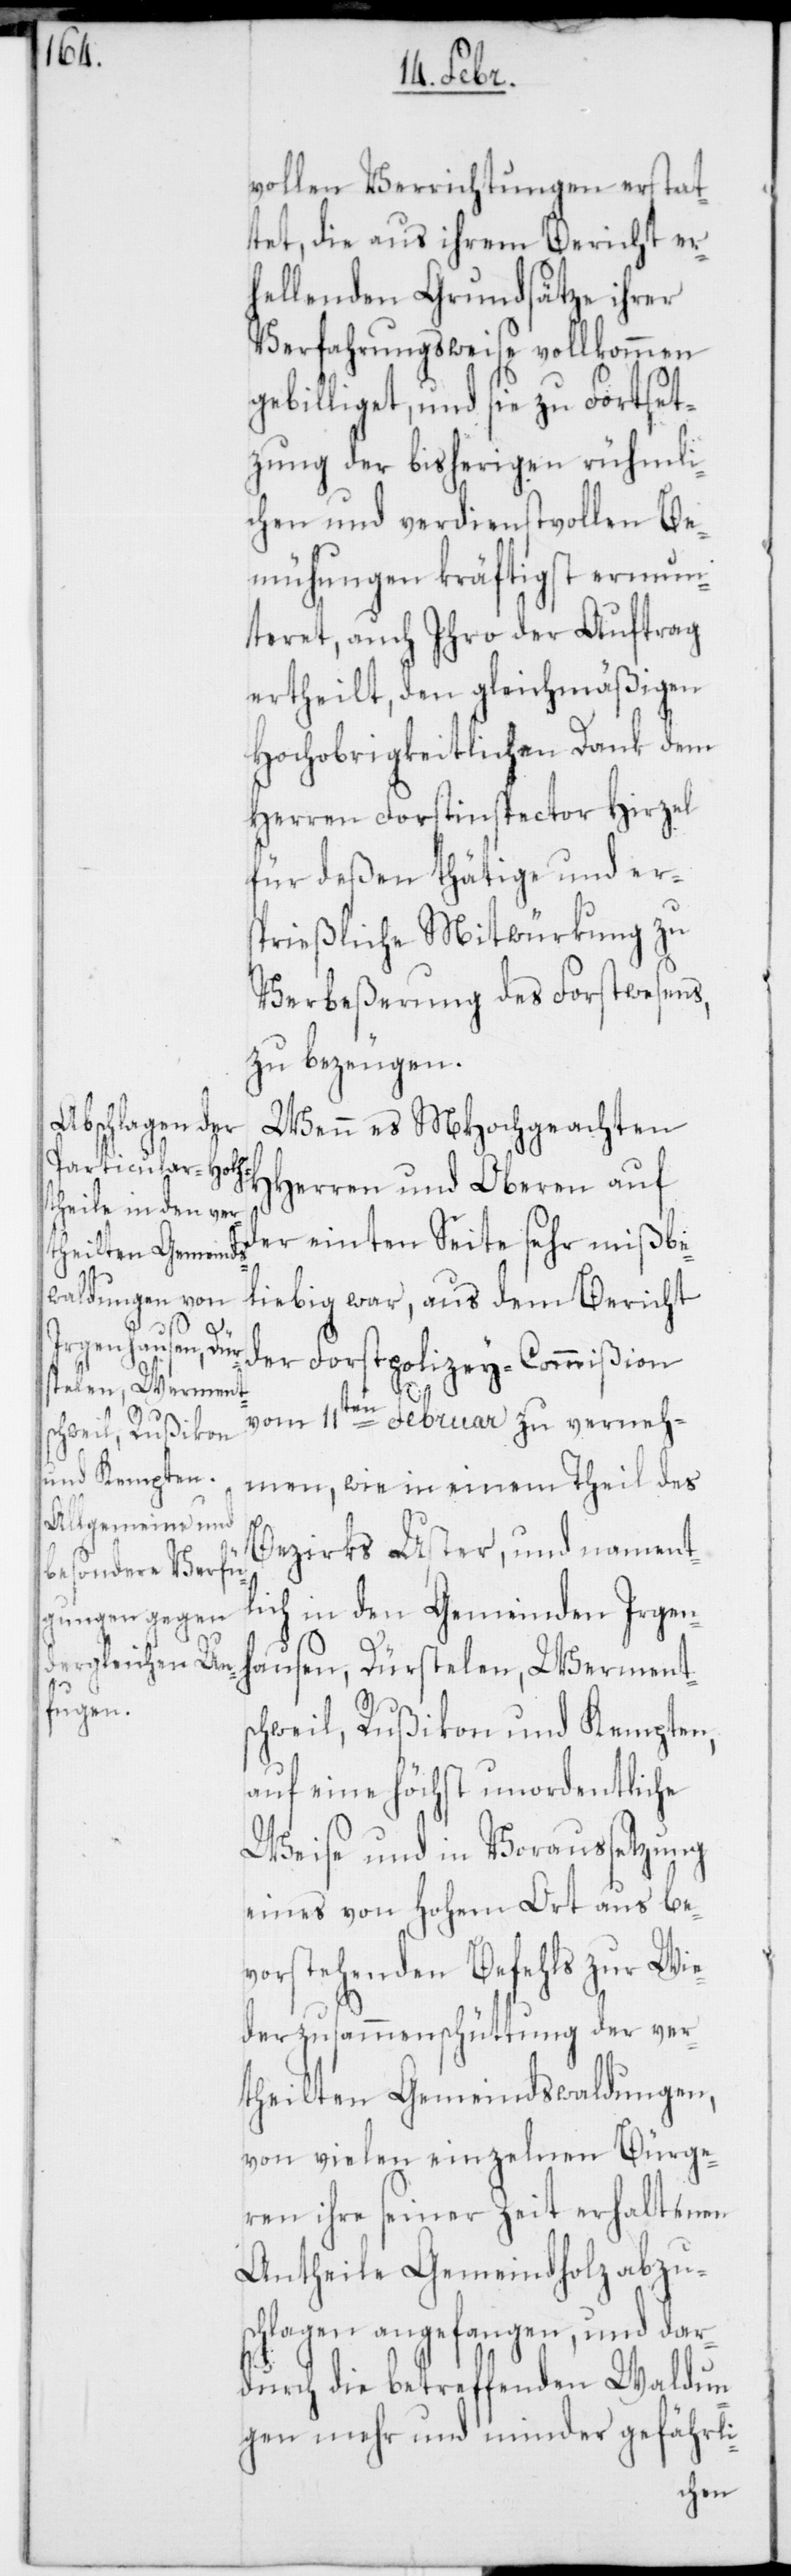
vollen Verrichtungen erstat¬
tet, die aus ihrem Bericht er¬
hellenden Grundsätze ihrer
Verfahrungsweise vollkommen
gebilliget, und sie zu Fortset¬
zung der bisherigen rühmli¬
chen und verdienstvollen Be¬
mühungen kräftigst ermun¬
teret, auch Ihro der Auftrag
ertheilt, den gleichmäßigen
hochobrigkeitlichen Dank dem
Herren Forstinspector Hirzel
für deßen thätige und er¬
sprießliche Mitwürkung zu
Verbeßerung des Forstwesens,
zu bezeugen.
Wenn es MHochgeachten
HHerren und Oberen auf
der einten Seite sehr mißbe¬
liebig war, aus dem Bericht
der Forstpolizey-Commißion
vom 11ten Februar zu verneh¬
men, wie in einem Theil des
Bezirks Uster, und nament¬
lich in den Gemeinden Irgen¬
hausen, Dürstelen, Werments¬
chweil, Rußikon und Kempten,
auf eine höchst unordentliche
Weise und in Voraussetzung
eines von hohem Ort aus be¬
vorstehenden Befehls zur Wie¬
derzusammenschüttung der ver¬
theilten Gemeindswaldungen,
von vielen einzelnen Bürge¬
ren ihre seiner Zeit erhaltenen
Antheile Gemeindholz abzu¬
schlagen angefangen, und dar¬
durch die betreffenden Waldun¬
gen mehr und minder gefährli-